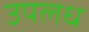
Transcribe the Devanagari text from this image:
उपलध